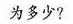
为多少?